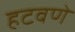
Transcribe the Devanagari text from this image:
हटवणे